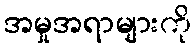
အမှုအရာများကို